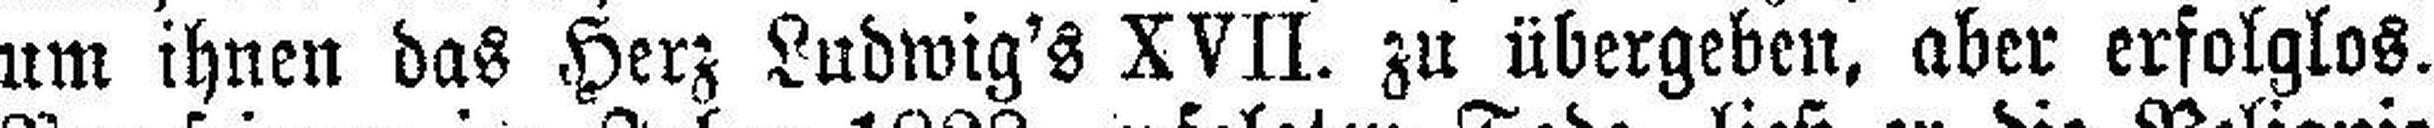
um ihnen das Herz Ludwig's XVII. zu übergeben, aber erfolglos.